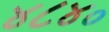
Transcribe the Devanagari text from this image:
४८४०